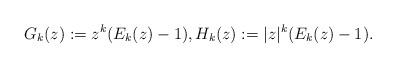
LaTeX: \begin{align*}G_k(z) := z^k(E_k(z) - 1), H_k(z):=|z|^k (E_k(z) - 1). \end{align*}